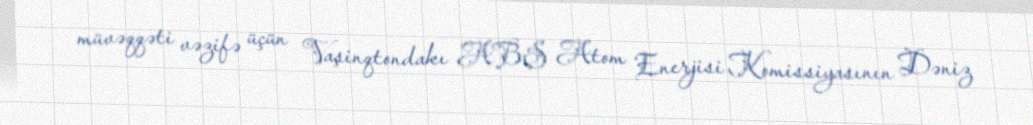
müvəqqəti vəzifə üçün Vaşinqtondakı ABŞ Atom Enerjisi Komissiyasının Dəniz